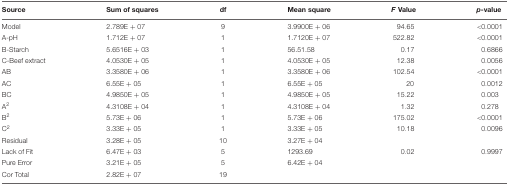
<table><thead><tr><td><b>Source</b></td><td><b>Sum of squares</b></td><td><b>df</b></td><td><b>Mean square</b></td><td><b><i>F</i> Value</b></td><td><b><i>p</i>-value</b></td></tr></thead><tbody><tr><td>Model</td><td>2.789E + 07</td><td>9</td><td>3.9900E + 06</td><td>94.65</td><td>&lt;0.0001</td></tr><tr><td>A-pH</td><td>1.712E + 07</td><td>1</td><td>1.7120E + 07</td><td>522.82</td><td>&lt;0.0001</td></tr><tr><td>B-Starch</td><td>5.6516E + 03</td><td>1</td><td>56.51.58</td><td>0.17</td><td>0.6866</td></tr><tr><td>C-Beef extract</td><td>4.0530E + 05</td><td>1</td><td>4.0530E + 05</td><td>12.38</td><td>0.0056</td></tr><tr><td>AB</td><td>3.3580E + 06</td><td>1</td><td>3.3580E + 06</td><td>102.54</td><td>&lt;0.0001</td></tr><tr><td>AC</td><td>6.55E + 05</td><td>1</td><td>6.55E + 05</td><td>20</td><td>0.0012</td></tr><tr><td>BC</td><td>4.9850E + 05</td><td>1</td><td>4.9850E + 05</td><td>15.22</td><td>0.003</td></tr><tr><td>A<sup>2</sup></td><td>4.3108E + 04</td><td>1</td><td>4.3108E + 04</td><td>1.32</td><td>0.278</td></tr><tr><td>B<sup>2</sup></td><td>5.73E + 06</td><td>1</td><td>5.73E + 06</td><td>175.02</td><td>&lt;0.0001</td></tr><tr><td>C<sup>2</sup></td><td>3.33E + 05</td><td>1</td><td>3.33E + 05</td><td>10.18</td><td>0.0096</td></tr><tr><td>Residual</td><td>3.28E + 05</td><td>10</td><td>3.27E + 04</td><td></td><td></td></tr><tr><td>Lack of Fit</td><td>6.47E + 03</td><td>5</td><td>1293.69</td><td>0.02</td><td>0.9997</td></tr><tr><td>Pure Error</td><td>3.21E + 05</td><td>5</td><td>6.42E + 04</td><td></td><td></td></tr><tr><td>Cor Total</td><td>2.82E + 07</td><td>19</td><td></td><td></td><td></td></tr></tbody></table>